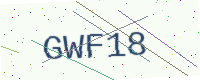
Text: GWF18